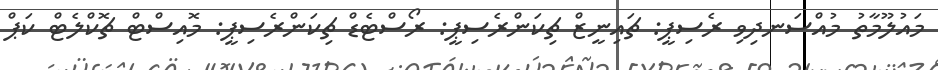
މައުލޫމާތު މުއްސަނދިވި ރެސިޕީ: ޗައިނީޒް ޗިކަންރެސިޕީ: ރޯސްޓެޑް ޗިކަންރެސިޕީ: މޮއިސްޓް ޗޮކްލެޓް ކަޕް